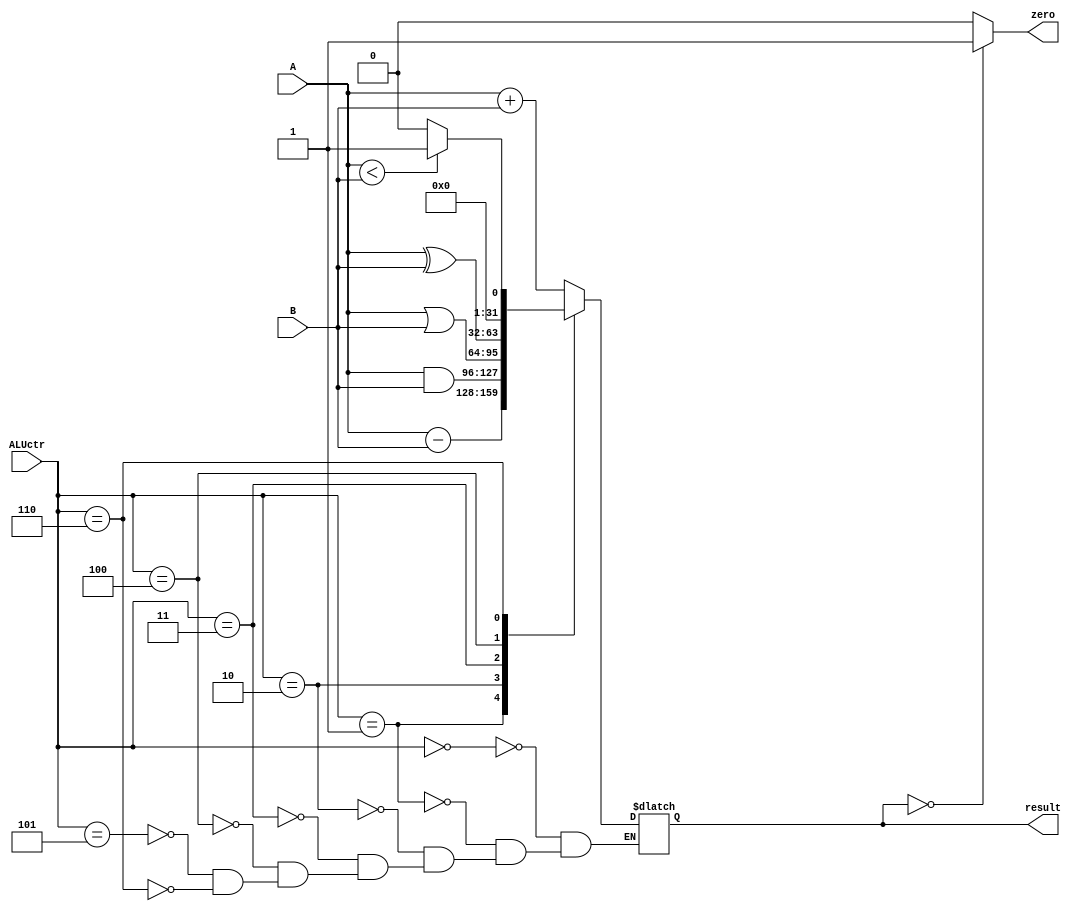
module ALU(
    input [31:0] A,
    input [31:0] B,
    input [3:0] ALUctr,

    output reg [31:0] result,
    output wire zero
);
    always @(*)
        case (ALUctr)
            4'b0000: result = A + B;//add,addi,addiu,lw,sw
            4'b0001: result = A - B;//sub,beq
            4'b0010: result = A & B;//and
            4'b0011: result = A | B;//or,ori
            4'b0100: result = A ^ B;//xor
            4'b0101: result = A + B;//lui
            4'b0110: result = (A<B ? 1:0);//slt
        endcase
    assign zero = (result==0 ? 1:0);

endmodule